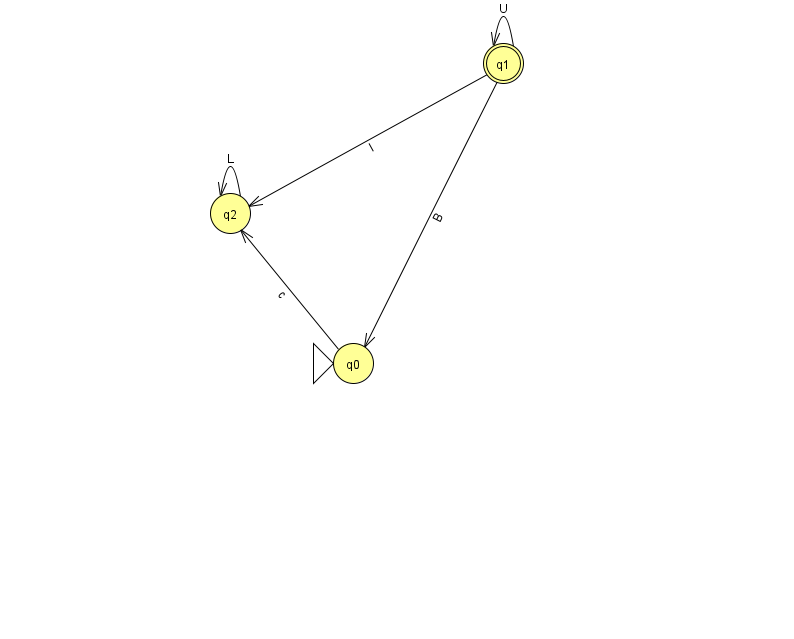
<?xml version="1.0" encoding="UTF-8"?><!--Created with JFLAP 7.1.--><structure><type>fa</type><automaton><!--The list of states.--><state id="0" name="q0"><x>353.0</x><y>350.0</y><initial/></state><state id="1" name="q1"><x>503.0</x><y>50.0</y><final/></state><state id="2" name="q2"><x>230.0</x><y>200.0</y></state><!--The list of transitions.--><transition><from>1</from><to>1</to><read>U</read></transition><transition><from>1</from><to>2</to><read>I</read></transition><transition><from>1</from><to>0</to><read>B</read></transition><transition><from>0</from><to>2</to><read>c</read></transition><transition><from>2</from><to>2</to><read>L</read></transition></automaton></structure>